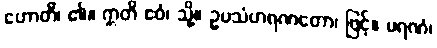
ဟောတိ၊ ၏။ ဣတိ ဧဝံ၊ သို့။ ဥပသံဟရဏတော၊ ဖြင့်။ မရဏံ၊